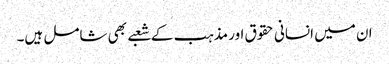
ان میں انسانی حقوق اور مذہب کے شعبے بھی شامل ہیں۔